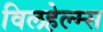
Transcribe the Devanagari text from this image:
विलहेल्म्स